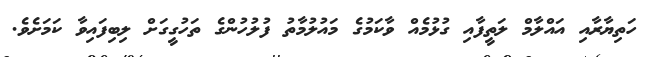
ހަތިޔާރާއި އައްލާމް ލަތީފާއި ގުޅުމެއް ވާކަމުގެ މައުލުމާތު ފުލުހުންގެ ތަހުގީގަށް ލިބިފައިވާ ކަމަށެވެ.